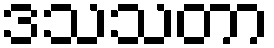
ဒသသတာ